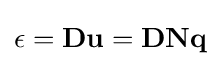
\mathbf {\epsilon } =\mathbf {Du} =\mathbf {DNq}